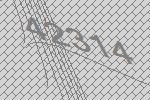
42314